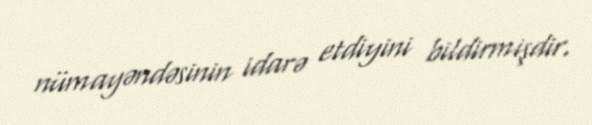
nümayəndəsinin idarə etdiyini bildirmişdir.